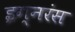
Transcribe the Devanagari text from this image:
इग्नरंस